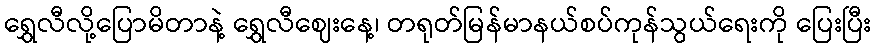
ရွှေလီလို့ပြောမိတာနဲ့ ရွှေလီဈေးနေ့၊ တရုတ်မြန်မာနယ်စပ်ကုန်သွယ်ရေးကို ပြေးပြီး